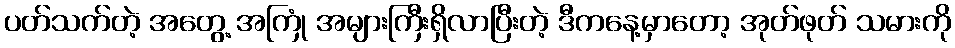
ပတ်သက်တဲ့ အတွေ့ အကြုံ အများကြီးရှိလာပြီးတဲ့ ဒီကနေ့မှာတော့ အုတ်ဖုတ် သမားကို